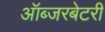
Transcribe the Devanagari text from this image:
ऑब्‍जरबेटरी